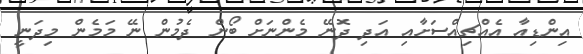
އިންޑިއާ އެއްޗިއްސަށާއި އަދި ދޮނޭ މެންނަށް ބޯން ދެމުން ނޭ މަމެން މިދަނީ